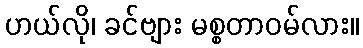
ဟယ်လို၊ ခင်ဗျား မစ္စတာဝမ်လား။